Indian journal of veterinary science and animal husbandry - Volumes 24-25, 1954-1955
Year: 1954
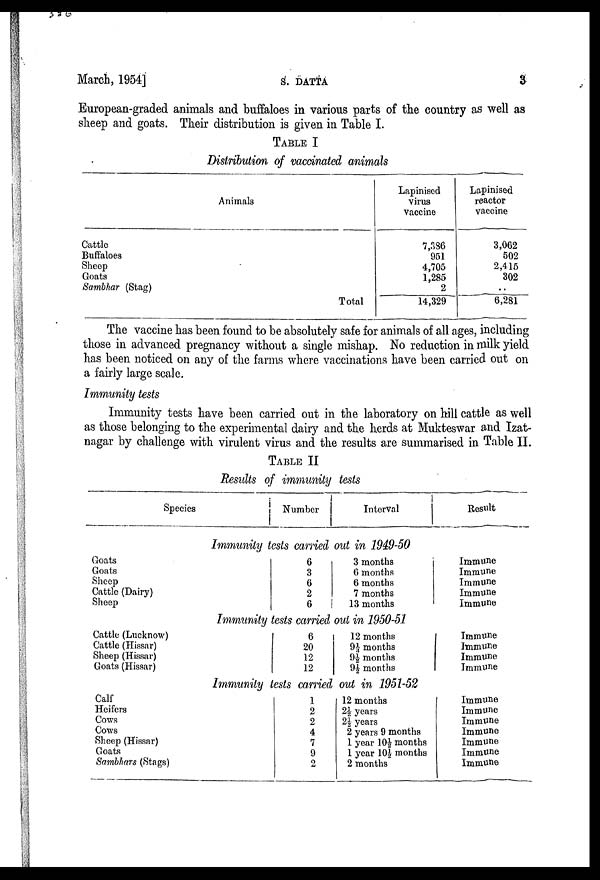
March, 1954]
S.
DATTA
3
European-graded animals and buffaloes in various parts of the country as well as
sheep and goats. Their distribution is given in Table I.
TABLE I
Distribution of vaccinated animals
Animals
Cattlo
Buffaloes
Sheep
Goats
Sambhar (Stag)
Total
Lapinised
virus
Vaccine
7,386
951
4,705
1,285
2
14,329
Lapinised
reactor
vaccine
3,062
502
2,415
302
6,281
The vaccine has been found to be absolutely safe for animals of all ages, including
those in advanced pregnancy without a single mishap. No reduction in milk yield
has been noticed on any of the farms where vaccinations have been carried out on
a fairly large scale.
Immunity tests
Immunity tests have been carried out in the laboratory on hill cattle as well
as those belonging to the experimental dairy and the herds at Mukteswar and Izat-
nagar by challenge with virulent virus and the results are summarised in Table II.
TABLE II
Results of immunity tests
Species
Goats
Goats
Sheep
Cattle (Dairy)
Sheep
Cattle (Lucknow)
Cattle (Hissar)
Sheep (Hissar)
Goats (Hissar)
Calf
Heifers
Cows
Cows
Sheep (Hissar)
Goats
Sambhars (Stags)
Number
Interval
Immunity tests carried out in 1949-50
6
3
6
2
6
3 months
6 months
6 months
7 months
13 months
Immunity tests carried out in 1950-51
6
20
12
12
12 months
9 1 / 3 months
9½ months
9½ months
Immunity tests carried out in 1951-52
1
2
2
4
7
9
2
12 months
2½ years
2½ years
2 years 9 months
1 year 10½ months
1 year 10½ months
2 months
Result
Immune
Immune
Immune
Immune
Immune
Immune
Immune
Immune
Immune
Immune
Immune
Immune
Immune
Immune
Immune
Immune